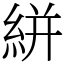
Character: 絣